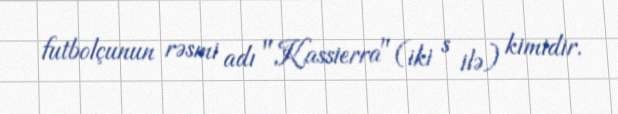
futbolçunun rəsmi adı "Kassierra" (iki s ilə) kimidir.